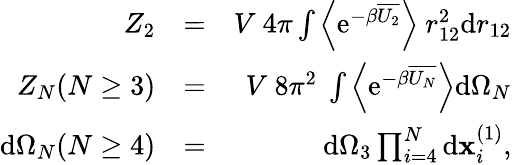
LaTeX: \begin{array}{rlr}{Z_{2}}&{=}&{V~4\pi\int\left\langle\mathrm{e}^{-\beta\overline{{U_{2}}}}\right\rangle~r_{12}^{2}\mathrm{d}r_{12}}\\ {Z_{N}(N\geq 3)}&{=}&{V~8\pi^{2}~\int\left\langle\mathrm{e}^{-\beta\overline{{U_{N}}}}\right\rangle\mathrm{d}\Omega_{N}}\\ {\mathrm{d}\Omega_{N}(N\geq 4)}&{=}&{\mathrm{d}\Omega_{3}\prod_{i=4}^{N}\mathrm{d}\mathbf{x}_{i}^{(1)},}\end{array}